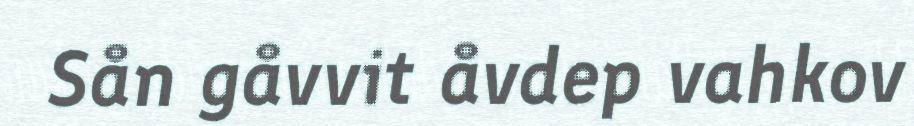
Sån gåvvit åvdep vahkov